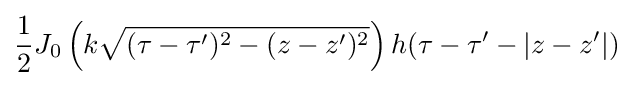
{\frac {1}{2}}J_{0}\left(k{\sqrt {(\tau -\tau ')^{2}-(z-z')^{2}}}\right)h(\tau -\tau '-|z-z'|)